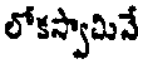
లోకస్వామినే